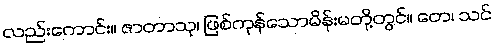
လည်းကောင်း။ ဇာတာသု၊ ဖြစ်ကုန်သောမိန်းမတို့တွင်။ တေ၊ သင်